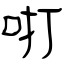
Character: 咑